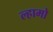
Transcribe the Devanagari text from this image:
ल्हामो